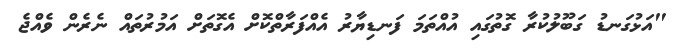
"އަޅުގަނޑު ގަބޫލުކުރާ ގޮތުގައި އުއްތަމަ ފަނޑިޔާރު އެއްފަރާތްކޮށް އެގޮތަށް އަމުރުތައް ނެރެން ވެއްޖެ